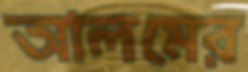
আলমের